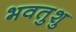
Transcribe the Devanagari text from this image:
भवतुशु